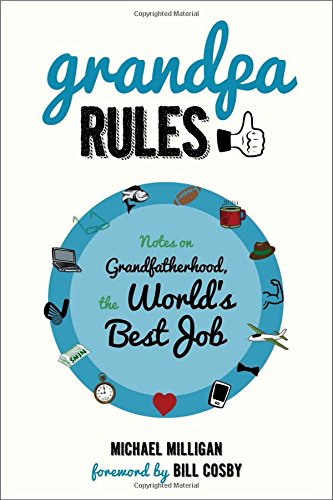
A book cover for Grandpa Rules: Notes on Grandfatherhood, the World's Best Job; Michael Milligan; Parenting & Relationships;